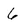
Character: 6